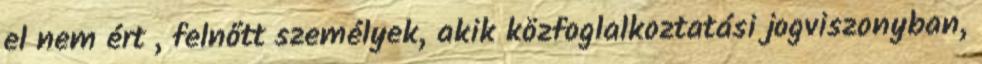
el nem ért , felnőtt személyek, akik közfoglalkoztatási jogviszonyban,